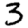
Digit: 3